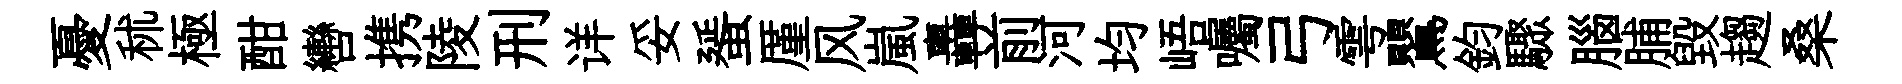
憂秫極酣轡携陵刑详妥蜑厪风嵐轟前河均峿囑弓雩鸎鈞驟腦脯毁趨桑